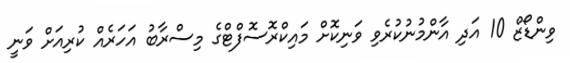
ވިންޑޯޒް 10 އަދި އާންމުނުކުރެވި ވަނިކޮށް މައިކްރޮސޮފްޓްގެ މިސްރާބު އަހަރެއް ކުރިއަށް ވަނީ